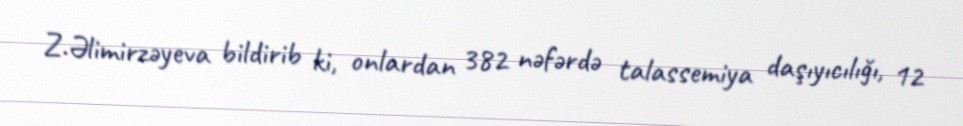
Z.Əlimirzəyeva bildirib ki, onlardan 382 nəfərdə talassemiya daşıyıcılığı, 12